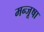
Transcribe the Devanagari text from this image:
मन्जूषा